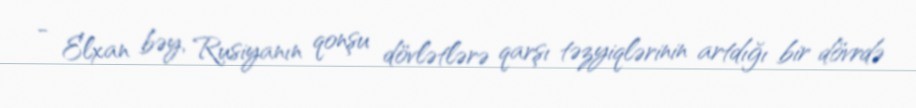
- Elxan bəy, Rusiyanın qonşu dövlətlərə qarşı təzyiqlərinin artdığı bir dövrdə